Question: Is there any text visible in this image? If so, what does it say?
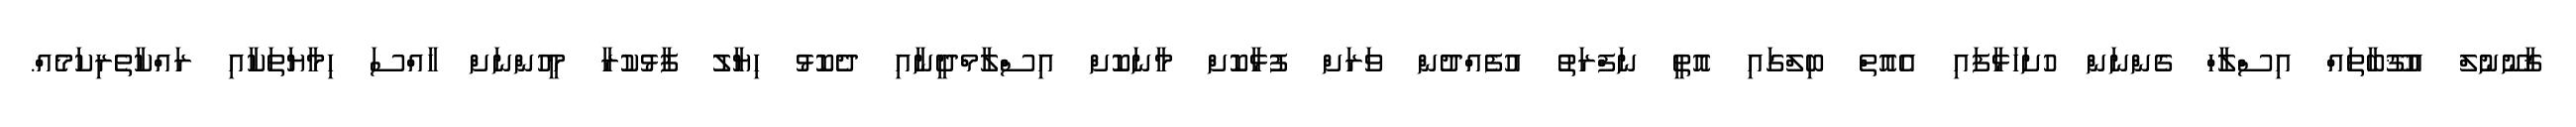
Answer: ޤާނޫނުލް އުޤޫބާތައް އިސްލާހް ގެންނަން ހުށަހަޅާފައި އެއޮތް ބިލްގައި އޮތީ ނަފްރަތު އުފެއްދުން ވަރަށް ފުޅާކޮށް މާނަކޮށް އިސްލާމްދީނާއި ދެކޮޅު ހިޔާލު ފާޅުކުރާ މީހުންނަށް ހާއްސަ ހިމާޔަތަކާއި ރައްކާތެރިކަމެއް.